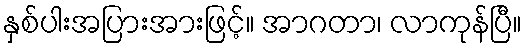
နှစ်ပါးအပြားအားဖြင့်။ အာဂတာ၊ လာကုန်ပြီ။